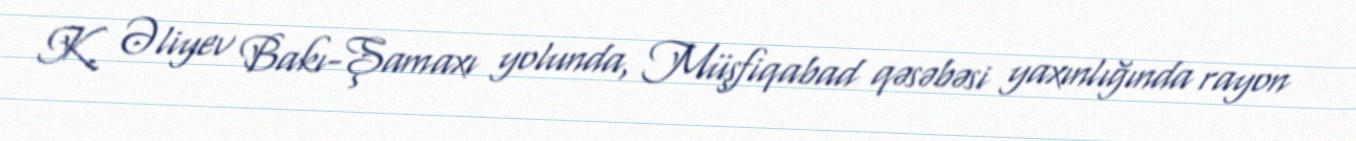
K. Əliyev Bakı-Şamaxı yolunda, Müşfiqabad qəsəbəsi yaxınlığında rayon